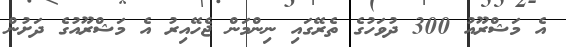
އެ މަޝްރޫއު 300 ދުވަހުގެ ތެރޭގައި ނިންމަން ޖެހޭއިރު އެ މަޝްރޫއުގެ ދަށުން